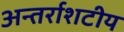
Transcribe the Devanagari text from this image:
अन्तर्राशटीय